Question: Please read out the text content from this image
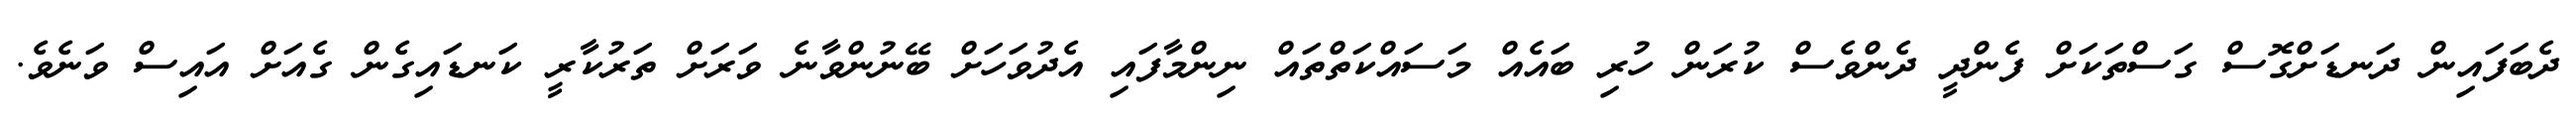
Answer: ދެބަފައިން ދަނޑަށްގޮސް ގަސްތަކަށް ފެންދީ ދެންވެސް ކުރަން ހުރި ބައެއް މަސައްކަތްތައް ނިންމާފައި އެދުވަހަށް ބޭނުންވާނެ ވަރަށް ތަރުކާރީ ކަނޑައިގެން ގެއަށް އައިސް ވަނެވެ.